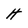
Character: H